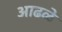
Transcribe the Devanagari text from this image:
आढळे